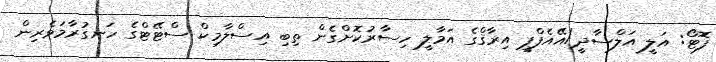
ފޮޓޯ: އަލީ އަލްސާދީ/އޭއެފްޕީ އިރާޤްގެ އަމާލީ ހިސާރުކޮށްގެން ތިބި އިސްލާމިކް ސްޓޭޓްގެ ހަނގުރާމަވެރިން